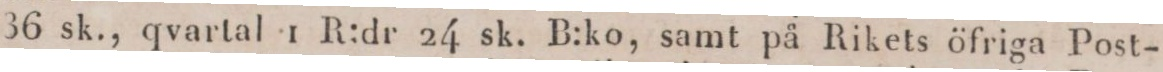
36 sk., qvartal 1 R:dr 24 sk. B:ko, samt på Rikets öfriga Post-